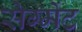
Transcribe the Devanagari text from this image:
सेग्मेंट